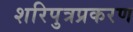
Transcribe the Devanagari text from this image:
शरिपुत्रप्रकरण